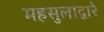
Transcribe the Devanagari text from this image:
महसुलाद्वारे